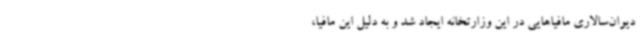
دیوان‌سالاری مافیاهایی در این وزارتخانه ایجاد شد و به دلیل این مافیا،